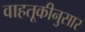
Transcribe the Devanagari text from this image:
वाहतूकीनुसार